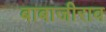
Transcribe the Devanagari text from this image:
बाबाजीराव